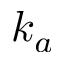
k _ { a }